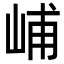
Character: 峬